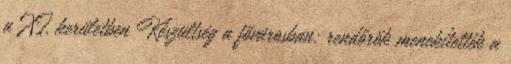
a XI. kerületben Készültség a fővárosban: rendőrök menekítették a